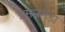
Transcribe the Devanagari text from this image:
प्रसन्नगडा